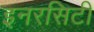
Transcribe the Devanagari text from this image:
इनरसिटी